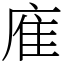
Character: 㢈